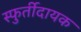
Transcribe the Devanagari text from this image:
स्फुर्तीदायक